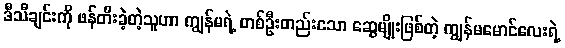
ဒီသီချင်းကို ဖန်တီးခဲ့တဲ့သူဟာ ကျွန်မရဲ့ တစ်ဦးတည်းသော ဆွေမျိုးဖြစ်တဲ့ ကျွန်မမောင်လေးရဲ့